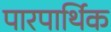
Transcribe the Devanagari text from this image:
पारपार्थिक